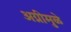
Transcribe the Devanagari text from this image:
अग्नीमुळे